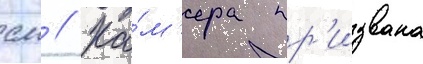
см // Ка́м'ера пр'извана